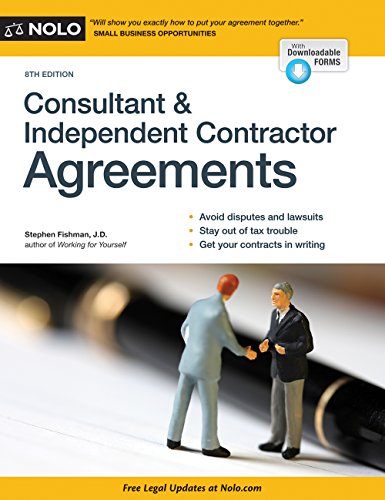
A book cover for Consultant & Independent Contractor Agreements; Stephen Fishman JD; Law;